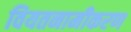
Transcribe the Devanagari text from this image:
वियतनामीकरण